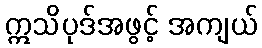
ဣသိပုဒ်အဖွင့် အကျယ်